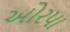
ઓરપા